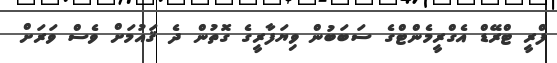
ފްރީ ޓްރޭޑް އެގްރީމެންޓްގެ ސަބަބުން ވިޔަފާރީގެ ގޮތުން ދެ ޤައުމަށް ވެސް ވަރަށް